Annual report of the Central Committee of the Association together with the report of the directors of the Pasteur Institute at Kasauli
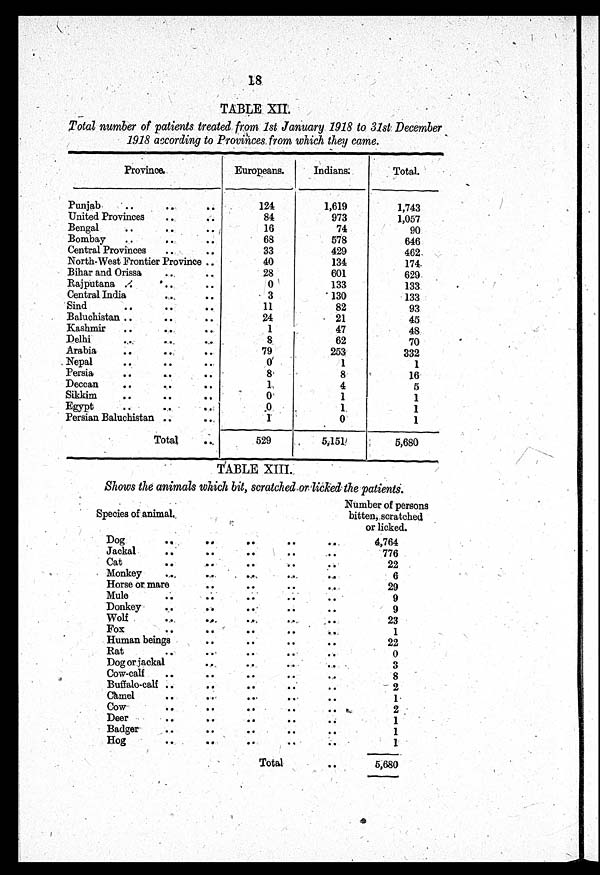
18
TABLE. XII.
Total number of patients treated from 1st January 1918 to 31st December
1918 according to Provinces. from which they came.
Province.
Europeans.
Indians:
Total.
Punjab
...
... ...
124
1,619
1,743
United Provinces
...
84
973
1,057
Bengal
...
16
74
90
Bombay
... ... ...
68
578
646
Central Provinces
... ...
33
429
462
North-West Frontier Province ..
40
134
174
Bihar and Orissa
...
...
28
601
629
Rajputana ....
...
...
0
133
133
Central India
...
...
3
130
133
Sind
... ...
...
11
82
93
Baluchistan ... ... ...
24
21
45
Kashmir
...
..._...
1
47
48
Delhi
...
...
...
8
62
70
Arabia
... ... ...
79
253
332
Nepal
... ...
0
1
1
Persia
... ..... ...
8
8
16
Deccan
... ...
1
4
5
Sikkim
... ...
0
1
1
Egypt
... ...
0
1
1
Persian Baluchistan ... ...
1
0
1
Total
...
529
5,151
5,680
TABLE XIII.
Shows the animals which bit, scratched or licked the patients.
Species of animal.
Number of persons
bitten, scratched
or licked.
Dog
... ... ...
...
...
4,764
Jackal
...
. . .
776
Cat
... ... ...
...
22
Monkey
...
...,
. . .
6
Horse or mare
... ...
29
Mule
... ...
9
Donkey... ... ... ... ...
9
Wolf
...
...
23
Fox
... ...
... ... ...
1
Human beings
... ...
... ...
22
Rat
... ...., ... ... ...
0
Dog or jackal
... .. ..
3
Cow-calf
..
..
..
..
8
Buffalo-calf ..
..
...
..
..
2
Camel
..
.. ...
..
..
1
Cow
..
..
..
..
..
2
Deer
..
.. ..
..
1
Badger
.. ..
..
..
..
1
Hog
..
..
..
. .
1
Total
5,680